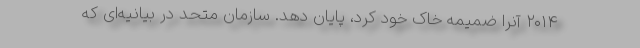
۲۰۱۴ آنرا ضمیمه خاک خود کرد، پایان دهد. سازمان متحد در بیانیه‌ای که